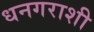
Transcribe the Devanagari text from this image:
धनगराशी